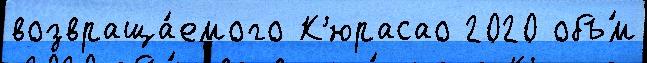
возвраща́емого К'юрасао 2020 объ́м